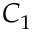
C _ { 1 }